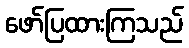
ဖော်ပြထားကြသည်